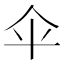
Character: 伞